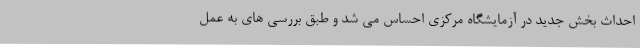
احداث بخش جدید در آزمایشگاه مرکزی احساس می شد و طبق بررسی های به عمل